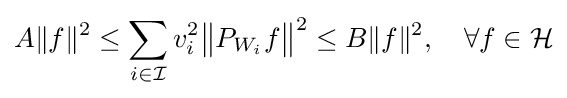
A\|f\|^{2}\leq \sum _{i\in {\mathcal {I}}}v_{i}^{2}{\big \|}P_{W_{i}}f{\big \|}^{2}\leq B\|f\|^{2},\quad \forall f\in {\mathcal {H}}